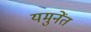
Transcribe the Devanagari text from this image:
यमुनेंत